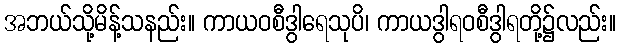
အဘယ်သို့မိန့်သနည်း။ ကာယဝစီဒွါရေသုပိ၊ ကာယဒွါရဝစီဒွါရတို့၌လည်း။